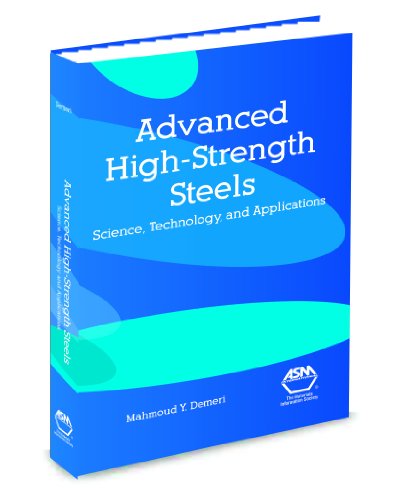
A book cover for Advanced High-Strength Steels: Science, Technology, and Applications; Mahmoud Y. Demeri; Business & Money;